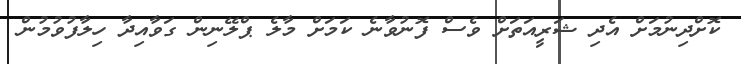
ކޮށްދިނުމަށް އެދި ޝަރީއަތަށް ވެސް ފޮނުވާނެ ކަމަށް މާލެ ޕްލޭނިން ގަވާއިދާ ހިލާފުވުމުން